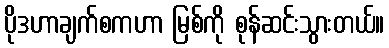
ပိုဒဟာချက်စကဟာ မြစ်ကို စုန်ဆင်းသွားတယ်။